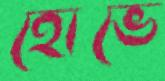
হোভে